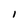
Character: I